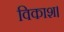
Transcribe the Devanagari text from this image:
विकाश।